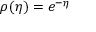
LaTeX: \rho ( \eta ) = e ^ { - \eta }